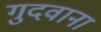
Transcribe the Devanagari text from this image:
गुदवाना